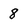
Character: 8